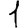
Digit: 1